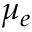
\mu _ { e }